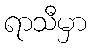
ရာသီမှာ